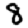
Digit: 8